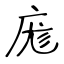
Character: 庬